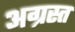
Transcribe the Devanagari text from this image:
अग्रस्त